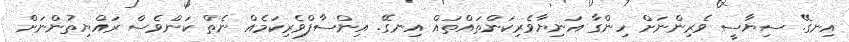
އިނގޭ. ސިޔާސީ ވެރިންނަށް ހިންގާ އަނިޔާވެރިކަންތައްތައް އިނގޭ. އިންސާފްވެރިކަމެއް ނެތް ކަންވެސް ރައްޔިތުންނަށް